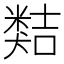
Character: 𥻽